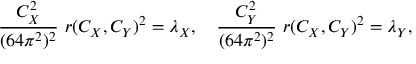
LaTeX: { \frac { C _ { X } ^ { 2 } } { ( 6 4 \pi ^ { 2 } ) ^ { 2 } } } \ r ( C _ { X } , C _ { Y } ) ^ { 2 } = \lambda _ { X } , \quad { \frac { C _ { Y } ^ { 2 } } { ( 6 4 \pi ^ { 2 } ) ^ { 2 } } } \ r ( C _ { X } , C _ { Y } ) ^ { 2 } = \lambda _ { Y } ,